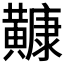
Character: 𪏢